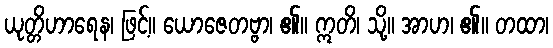
ယုတ္တိဟာရေန၊ ဖြင့်။ ယောဇေတဗ္ဗာ၊ ၏။ ဣတိ၊ သို့။ အာဟ၊ ၏။ တထာ၊